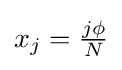
{\textstyle x_{j}={\frac {j\phi }{N}}}